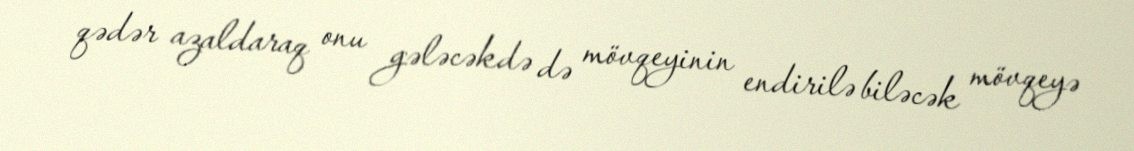
qədər azaldaraq onu gələcəkdə də mövqeyinin endirilə biləcək mövqeyə